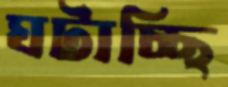
ঘটাচ্ছি